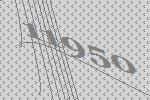
11950